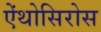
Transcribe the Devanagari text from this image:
ऐंथोसिरोस